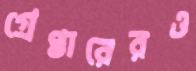
গ্রেপ্তারেরও